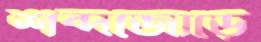
শব্দজোড়ে